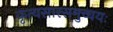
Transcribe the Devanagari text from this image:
कृत्यसारसमुच्चयः